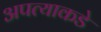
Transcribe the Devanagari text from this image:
अपत्याकडे